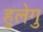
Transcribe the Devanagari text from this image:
हुलेगु